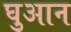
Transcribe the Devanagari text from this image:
घुआन